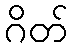
ဂိတ်